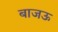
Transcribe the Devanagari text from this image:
बाजऊ